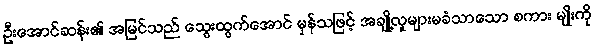
ဦးအောင်ဆန်း၏ အမြင်သည် သွေးထွက်အောင် မှန်သဖြင့် အချို့လူများမခံသာသော စကား မျိုးကို